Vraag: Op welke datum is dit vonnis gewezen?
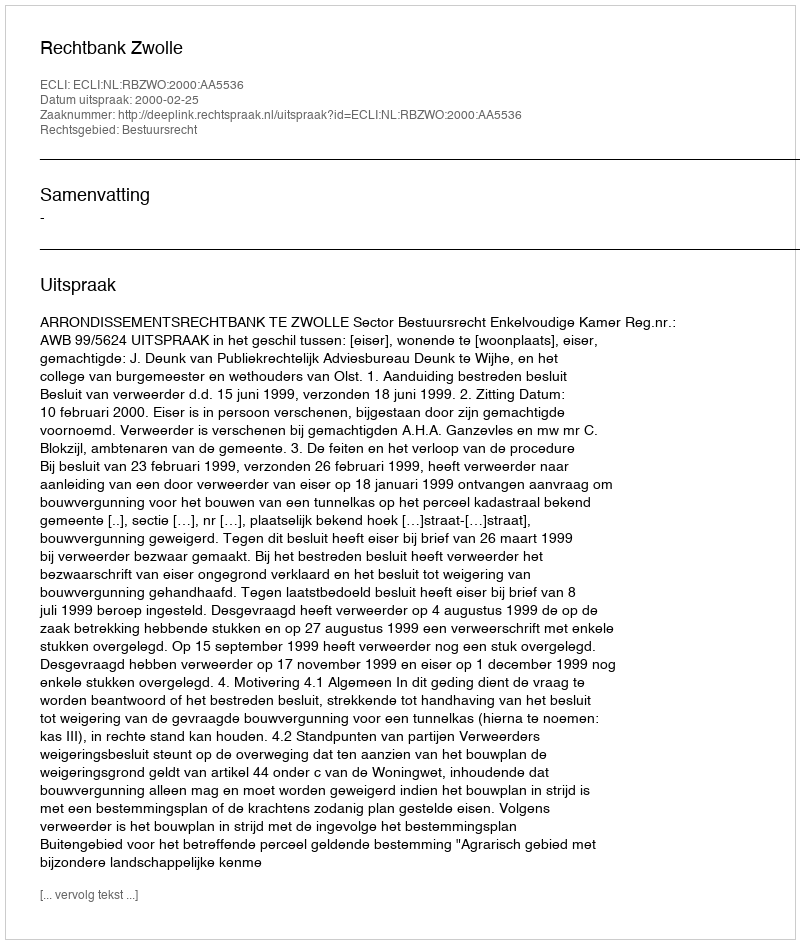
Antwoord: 2000-02-25